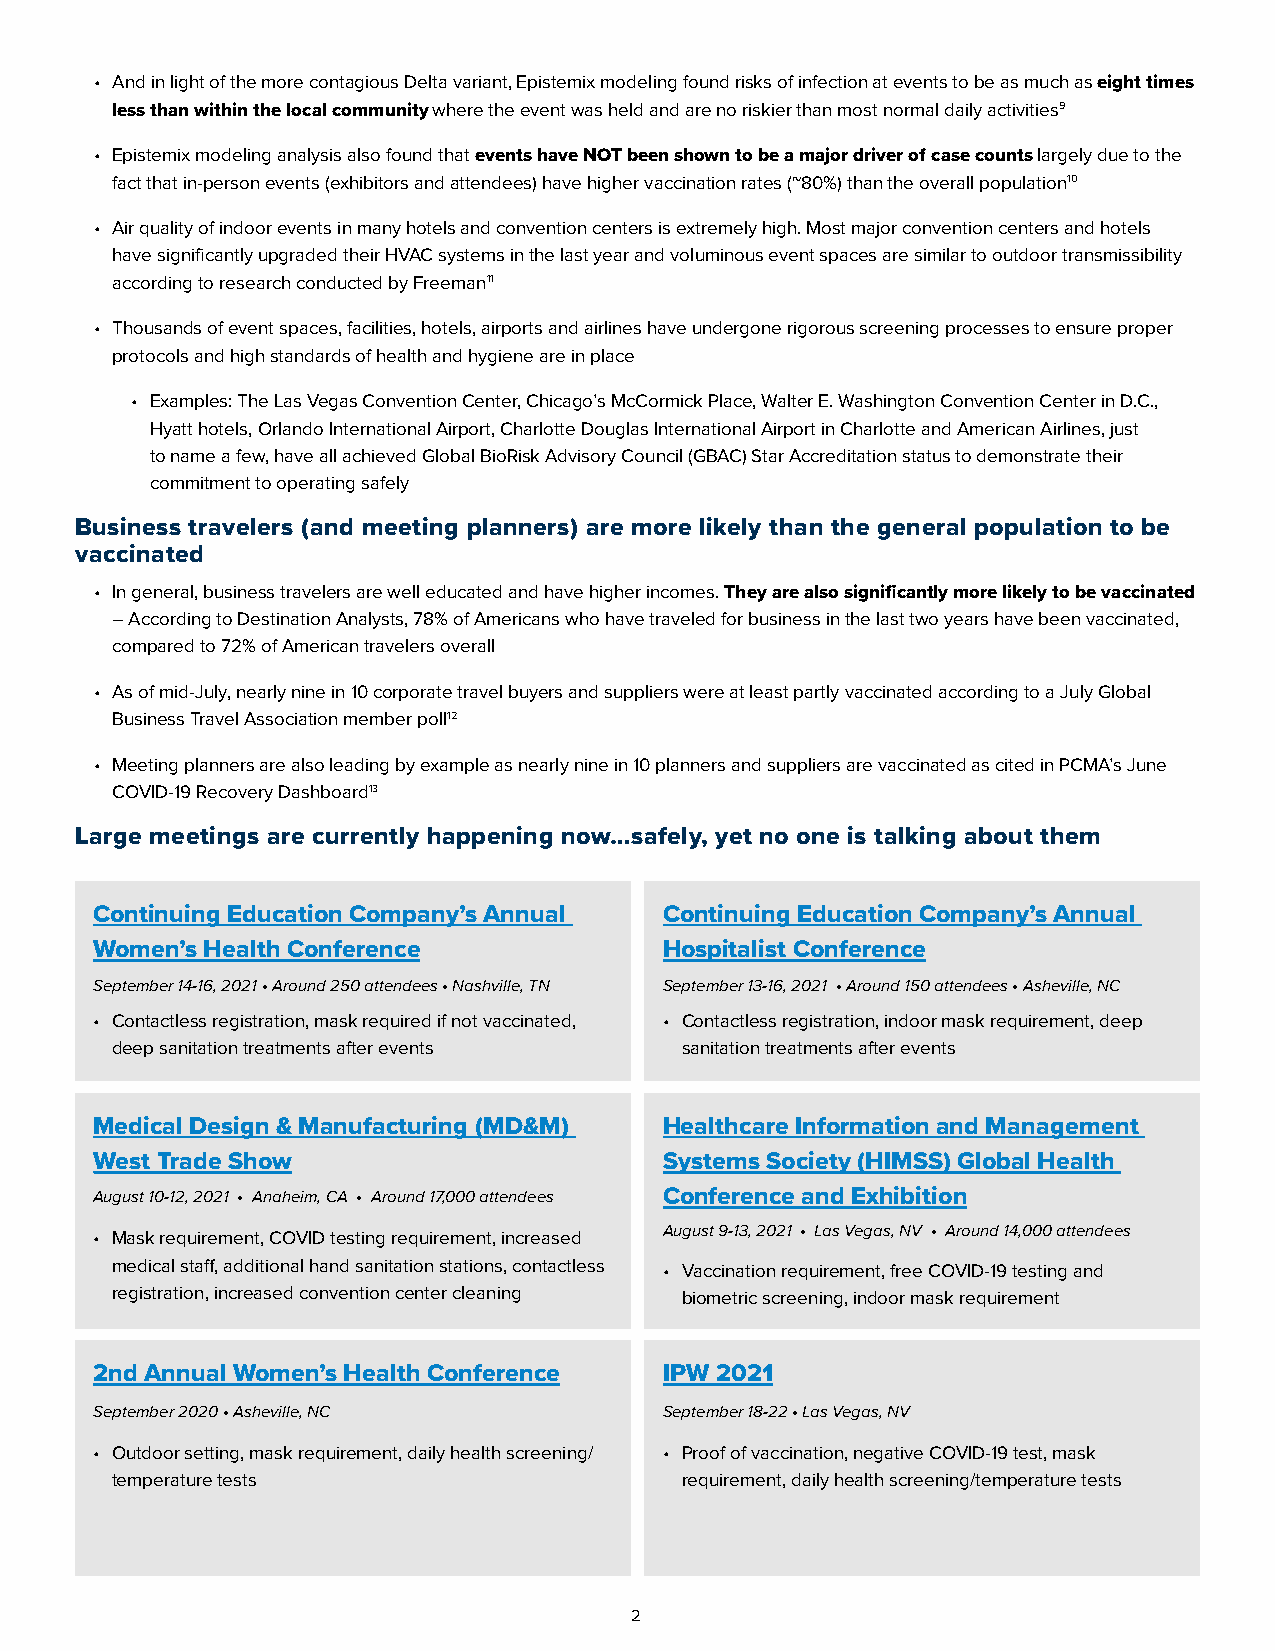
• And in light of the more contagious Delta variant, Epistemix modeling found risks of infection at events to be as much as eight times
 less than within the local community where the event was held and are no riskier than most normal daily activities9
 • Epistemix modeling analysis also found that events have NOT been shown to be a major driver of case counts largely due to the
 fact that in-person events (exhibitors and attendees) have higher vaccination rates (~80%) than the overall population10
 • Air quality of indoor events in many hotels and convention centers is extremely high. Most major convention centers and hotels
 have significantly upgraded their HVAC systems in the last year and voluminous event spaces are similar to outdoor transmissibility
 according to research conducted by Freeman11
 • Thousands of event spaces, facilities, hotels, airports and airlines have undergone rigorous screening processes to ensure proper
 protocols and high standards of health and hygiene are in place
 • Examples: The Las Vegas Convention Center, Chicago’s McCormick Place, Walter E. Washington Convention Center in D.C.,
 Hyatt hotels, Orlando International Airport, Charlotte Douglas International Airport in Charlotte and American Airlines, just
 to name a few, have all achieved Global BioRisk Advisory Council (GBAC) Star Accreditation status to demonstrate their
 commitment to operating safely
 Business travelers (and meeting planners) are more likely than the general population to be
 vaccinated
 • In general, business travelers are well educated and have higher incomes. They are also significantly more likely to be vaccinated
 – According to Destination Analysts, 78% of Americans who have traveled for business in the last two years have been vaccinated,
 compared to 72% of American travelers overall
 • As of mid-July, nearly nine in 10 corporate travel buyers and suppliers were at least partly vaccinated according to a July Global
 Business Travel Association member poll12
 • Meeting planners are also leading by example as nearly nine in 10 planners and suppliers are vaccinated as cited in PCMA’s June
 COVID-19 Recovery Dashboard13
 Large meetings are currently happening now…safely, yet no one is talking about them
 Continuing Education Company’s Annual Continuing Education Company’s Annual
 Women’s Health Conference             Hospitalist Conference
 September 14-16, 2021 • Around 250 attendees • Nashville, TN September 13-16, 2021 • Around 150 attendees • Asheville, NC
 • Contactless registration, mask required if not vaccinated, • Contactless registration, indoor mask requirement, deep
 deep sanitation treatments after events sanitation treatments after events
 Medical Design & Manufacturing (MD&M) Healthcare Information and Management
 West Trade Show                       Systems Society (HIMSS) Global Health
 August 10-12, 2021 • Anaheim, CA • Around 17,000 attendees Conference and Exhibition
 August 9-13, 2021 • Las Vegas, NV • Around 14,000 attendees
 • Mask requirement, COVID testing requirement, increased
 medical staff, additional hand sanitation stations, contactless • Vaccination requirement, free COVID-19 testing and
 registration, increased convention center cleaning biometric screening, indoor mask requirement
 2nd Annual Women’s Health Conference  IPW 2021
 September 2020 • Asheville, NC        September 18-22 • Las Vegas, NV
 • Outdoor setting, mask requirement, daily health screening/ • Proof of vaccination, negative COVID-19 test, mask
 temperature tests                     requirement, daily health screening/temperature tests
 2